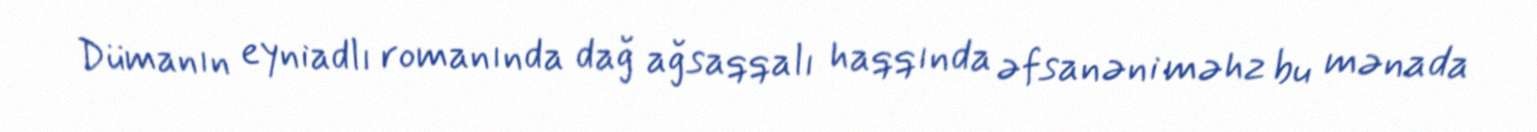
Dümanın eyniadlı romanında dağ ağsaqqalı haqqında əfsanəni məhz bu mənada